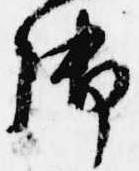
御